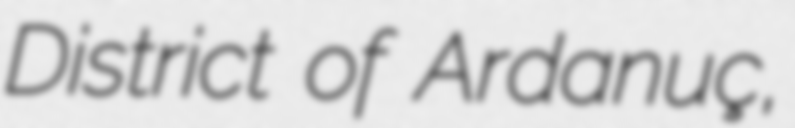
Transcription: District of Ardanuç,